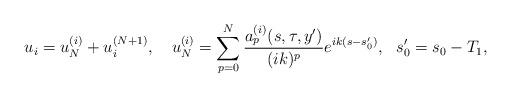
LaTeX: \begin{align*}u_i=u_N^{(i)}+u_i^{(N+1)},\ \ \ u_N^{(i)}=\sum_{p=0}^N\frac{a_p^{(i)}(s,\tau,y')}{(ik)^p}e^{ik(s-s_0')},\ \ s_0'=s_0-T_1,\end{align*}